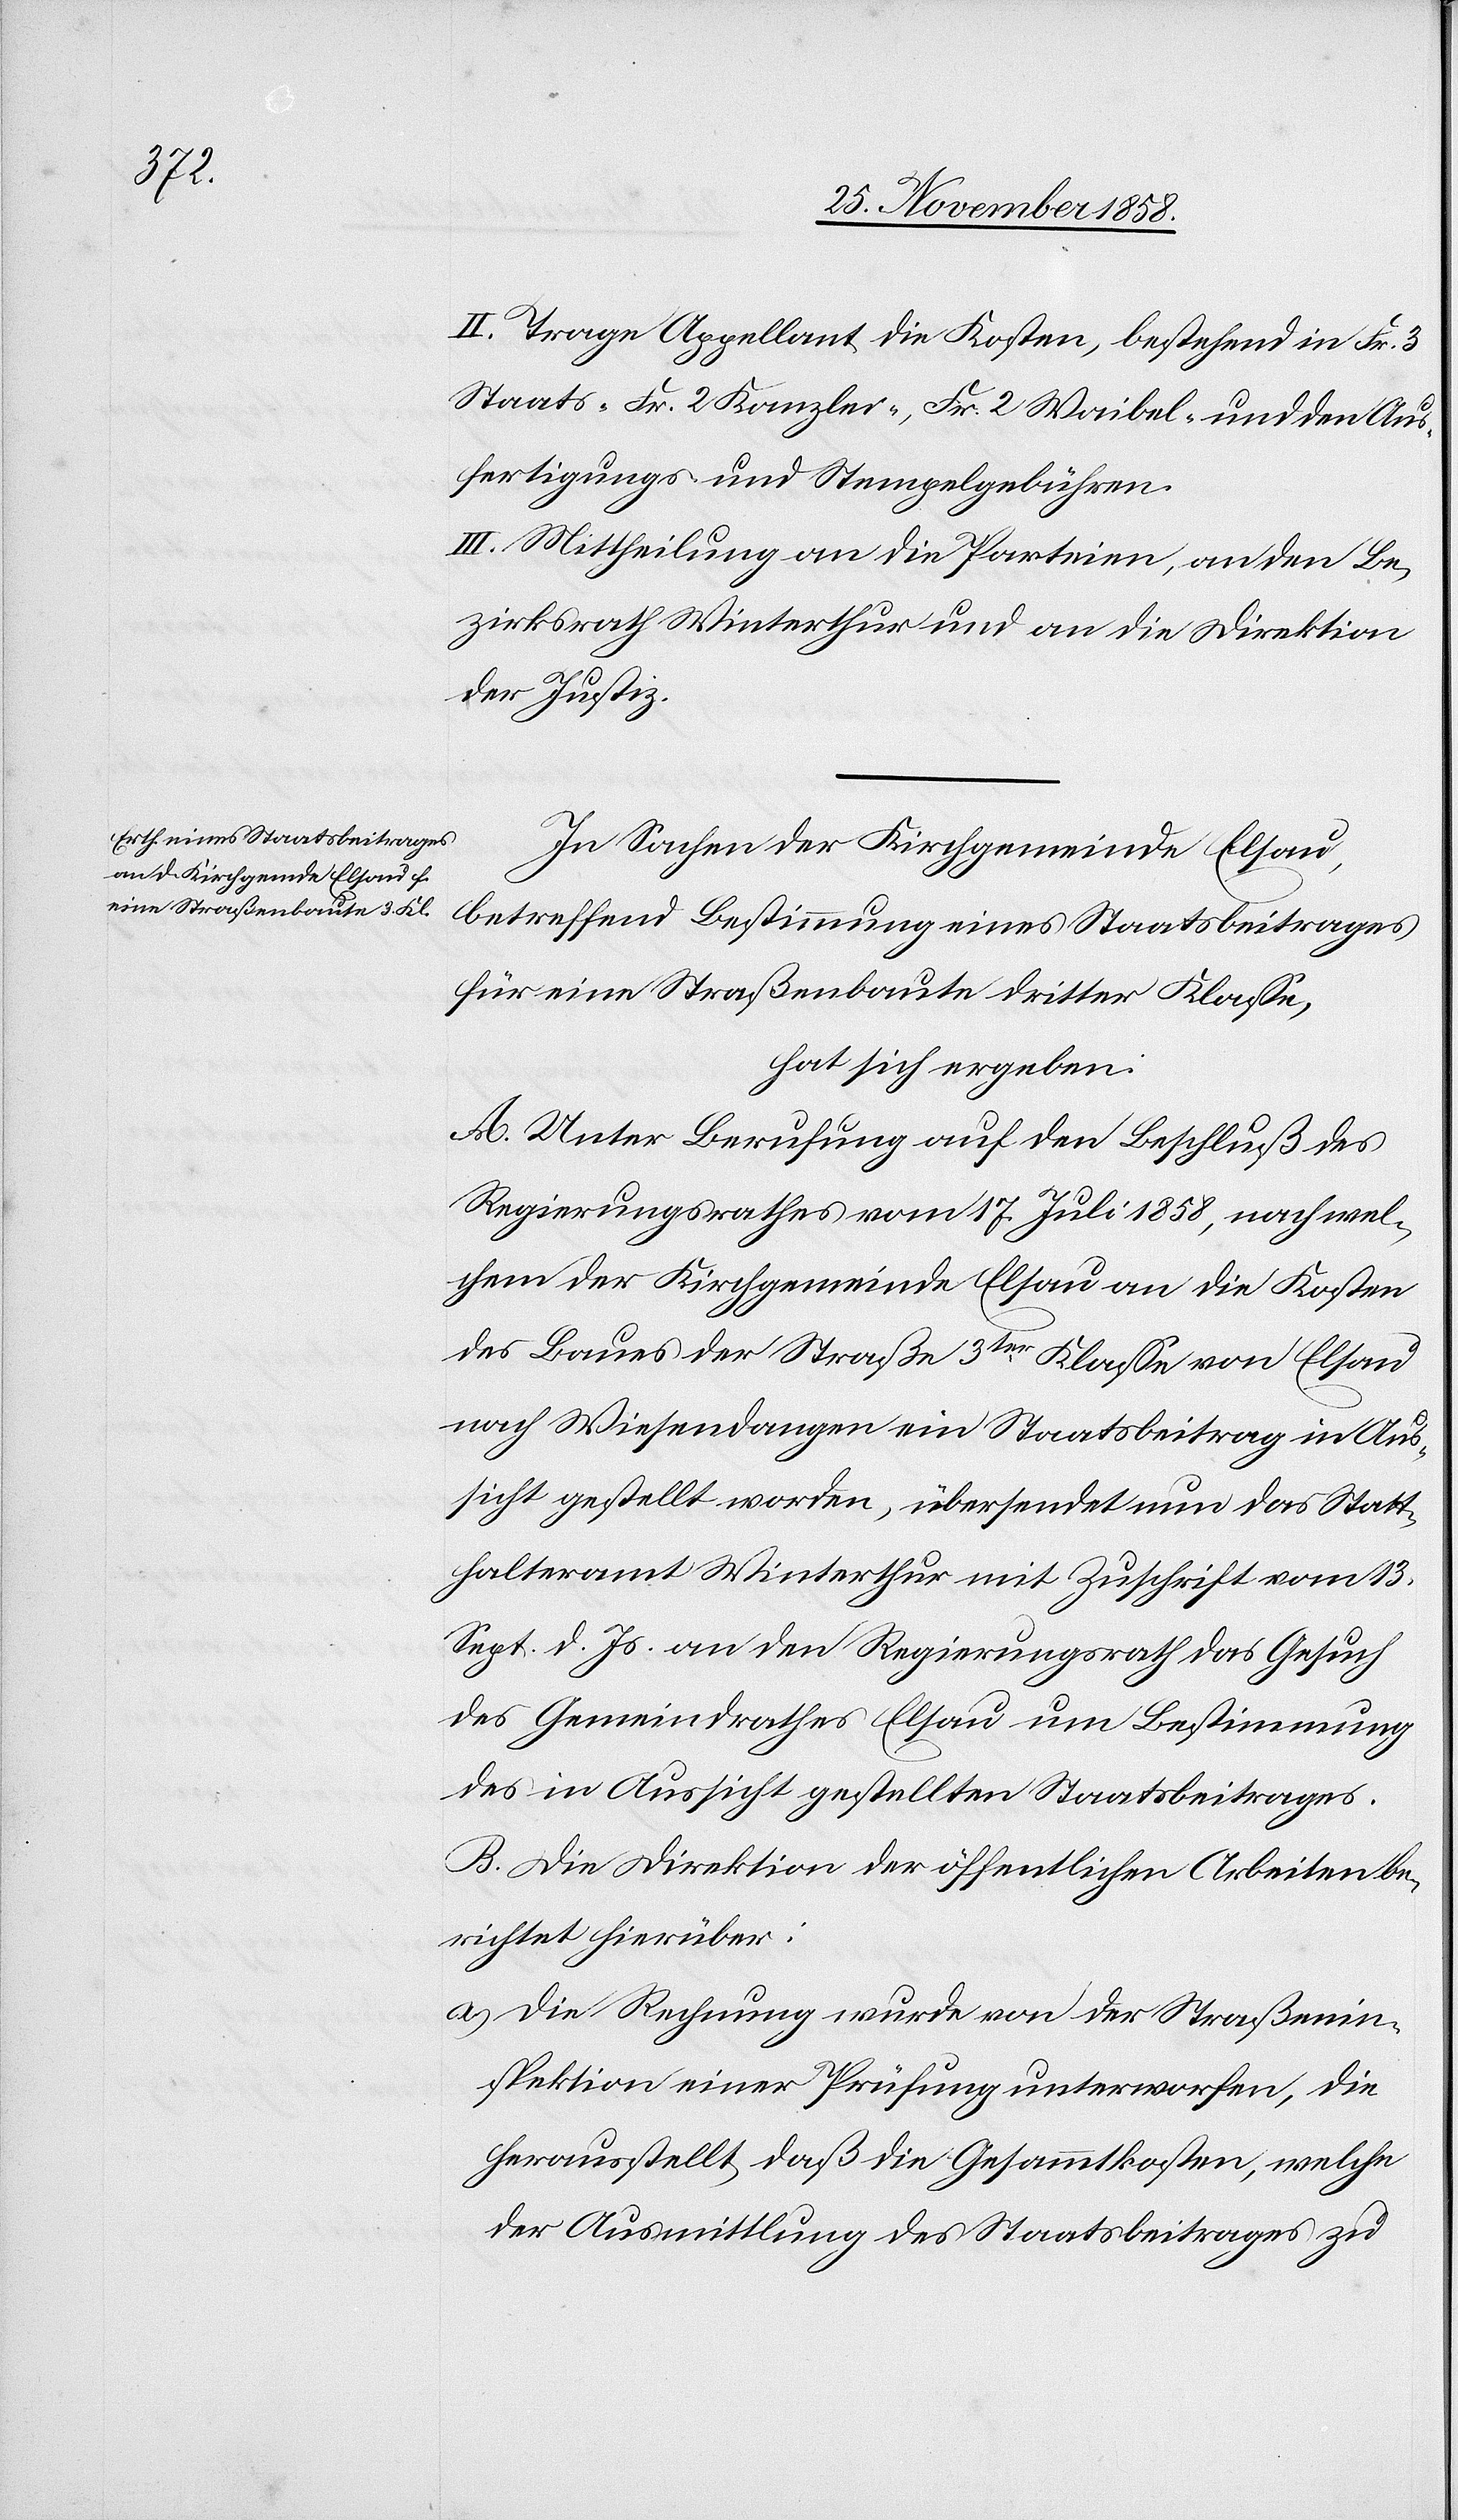
II. Trage Appellant die Kosten, bestehend in Fr. 3
Staats-[,] Fr. 2 Kanzlei-, Fr. 2 Waibel- und den Aus¬
fertigungs- und Stempelgebühren.
III. Mittheilung an die Parteien, an den Be¬
zirksrath Winterthur und an die Direktion
der Justiz.
In Sachen der Kirchgemeinde Elsau,
betreffend Bestimmung eines Staatsbeitrages
für eine Straßenbaute dritter Klasse,
hat sich ergeben:
A. Unter Berufung auf den Beschluß des
Regierungsrathes vom 17. Juli 1858, nach wel¬
chem der Kirchgemeinde Elsau an die Kosten
des Baues der Straße 3ter Klasse von Elsau
nach Wiesendangen ein Staatsbeitrag in Aus¬
sicht gestellt worden, übersendet nun das Statt¬
halteramt Winterthur mit Zuschrift vom 13.
Sept. d. Js. an den Regierungsrath das Gesuch
des Gemeindrathes Elsau um Bestimmung
des in Aussicht gestellten Staatsbeitrages.
B. Die Direktion der öffentlichen Arbeiten be¬
richtet hierüber:
Die Rechnung wurde von der Straßenin¬
spektion einer Prüfung unterworfen, die
herausstellt, daß die Gesammtkosten, welche
der Ausmittlung des Staatsbeitrages zu